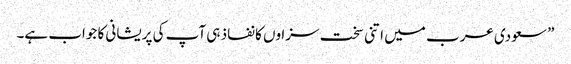
” سعودی عرب میں اتنی سخت سزاوں کا نفاذ ہی آپ کی پریشانی کا جواب ہے۔